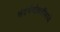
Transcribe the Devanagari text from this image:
संदर्भचौकटींमध्ये